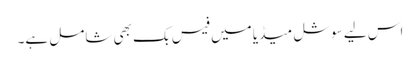
اس لیے سوشل میڈیا میں فیس بک بھی شامل ہے۔